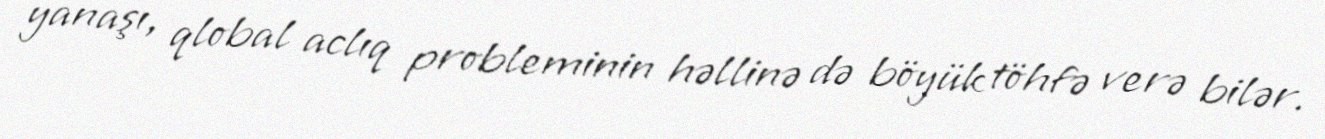
yanaşı, qlobal aclıq probleminin həllinə də böyük töhfə verə bilər.